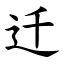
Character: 迁